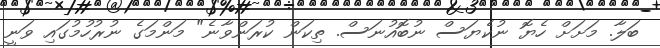
ބަލާ. މަށަށް ހެޔޮ ނުކެޔަސް ނުބޮއުނަސް. ތިކަން ކުރަންވާނެ" މަންމަގެ ނުރުހުމުގައި ވަނީ